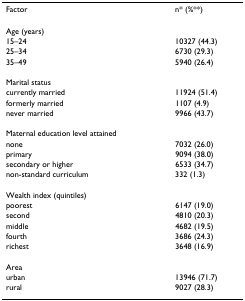
| Factor | n* (%**) |
 | --- | --- |
 | Age (years) |  |
 | 15–24 | 10327 (44.3) |
 | 25–34 | 6730 (29.3) |
 | 35–49 | 5940 (26.4) |
 | Marital status |  |
 | currently married | 11924 (51.4) |
 | formerly married | 1107 (4.9) |
 | never married | 9966 (43.7) |
 | Maternal education level attained |  |
 | none | 7032 (26.0) |
 | primary | 9094 (38.0) |
 | secondary or higher | 6533 (34.7) |
 | non-standard curriculum | 332 (1.3) |
 | Wealth index (quintiles) |  |
 | poorest | 6147 (19.0) |
 | second | 4810 (20.3) |
 | middle | 4682 (19.5) |
 | fourth | 3686 (24.3) |
 | richest | 3648 (16.9) |
 | Area |  |
 | urban | 13946 (71.7) |
 | rural | 9027 (28.3) |